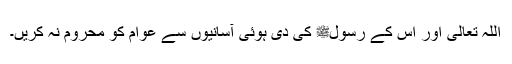
اللہ تعالیٰ اور اس کے رسولﷺ کی دی ہوئی آسانیوں سے عوام کو محروم نہ کریں۔